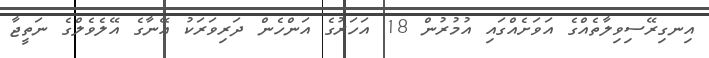
އިނގިރޭސިވިލާތެއްގެ އަވަށެއްގައި އުމުރުން 18 އަހަރުގެ އަންހެން ދަރިވަރަކު އޭނާގެ އޭލެވެލްގެ ނަތީޖާ